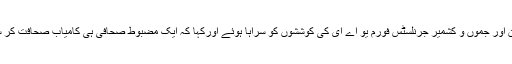
شہزادخان اور جموں و کشمیر جرنلسٹس فورم یو اے ای کی کوششوں کو سراہا ہوئے اورکہا کہ ایک مضبوط صحافی ہی کامیاب صحافت کر سکتا ہے۔